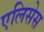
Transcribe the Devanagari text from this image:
एलिसेस